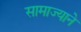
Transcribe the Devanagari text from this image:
सामाज्याने